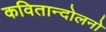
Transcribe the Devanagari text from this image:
कवितान्दोलनो